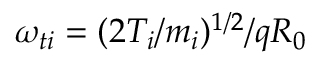
\omega _ { t i } = ( 2 T _ { i } / m _ { i } ) ^ { 1 / 2 } / q R _ { 0 }